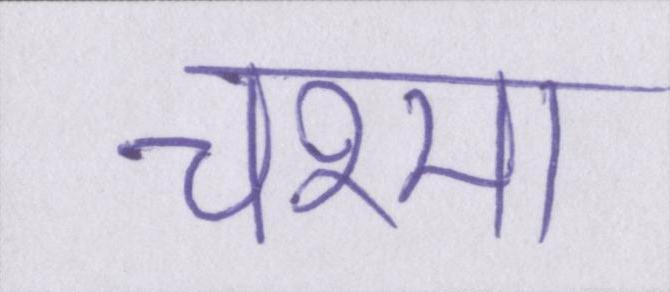
चश्मा